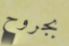
بجروح